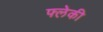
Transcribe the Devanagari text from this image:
फ्लेकी